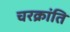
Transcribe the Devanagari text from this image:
चरक्रांति